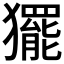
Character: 𭸰